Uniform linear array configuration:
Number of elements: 24
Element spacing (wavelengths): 0.75
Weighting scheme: uniform
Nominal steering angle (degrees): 45
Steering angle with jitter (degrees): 43.658
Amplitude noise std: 0.05
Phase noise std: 0.05

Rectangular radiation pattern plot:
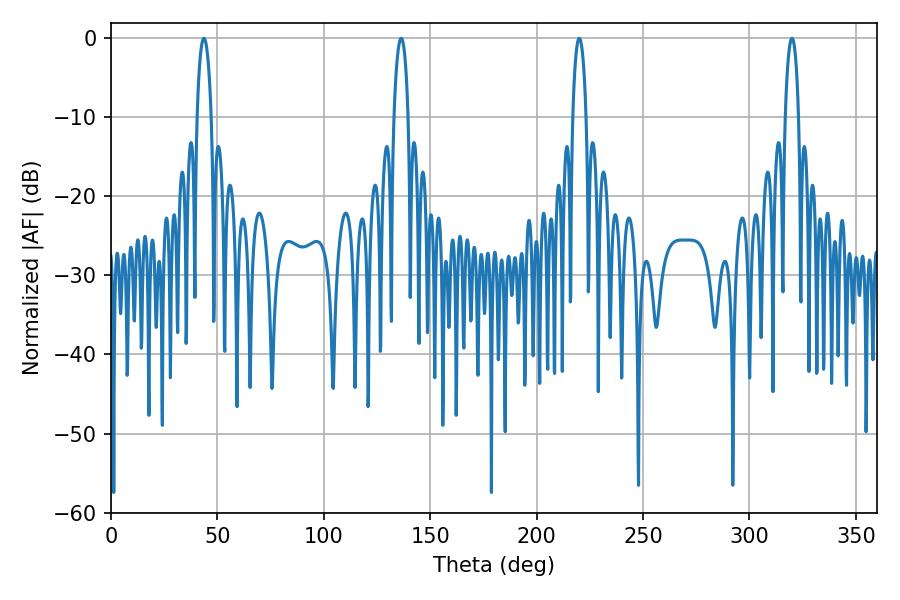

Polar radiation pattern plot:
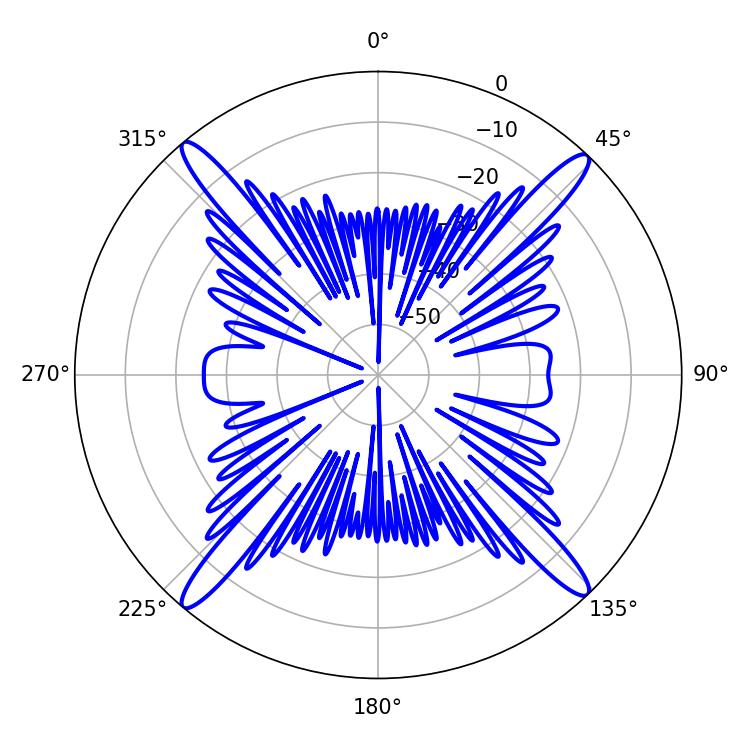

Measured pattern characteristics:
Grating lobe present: TRUE
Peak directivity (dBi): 22.062
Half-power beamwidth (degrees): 3.42
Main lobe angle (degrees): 219.96